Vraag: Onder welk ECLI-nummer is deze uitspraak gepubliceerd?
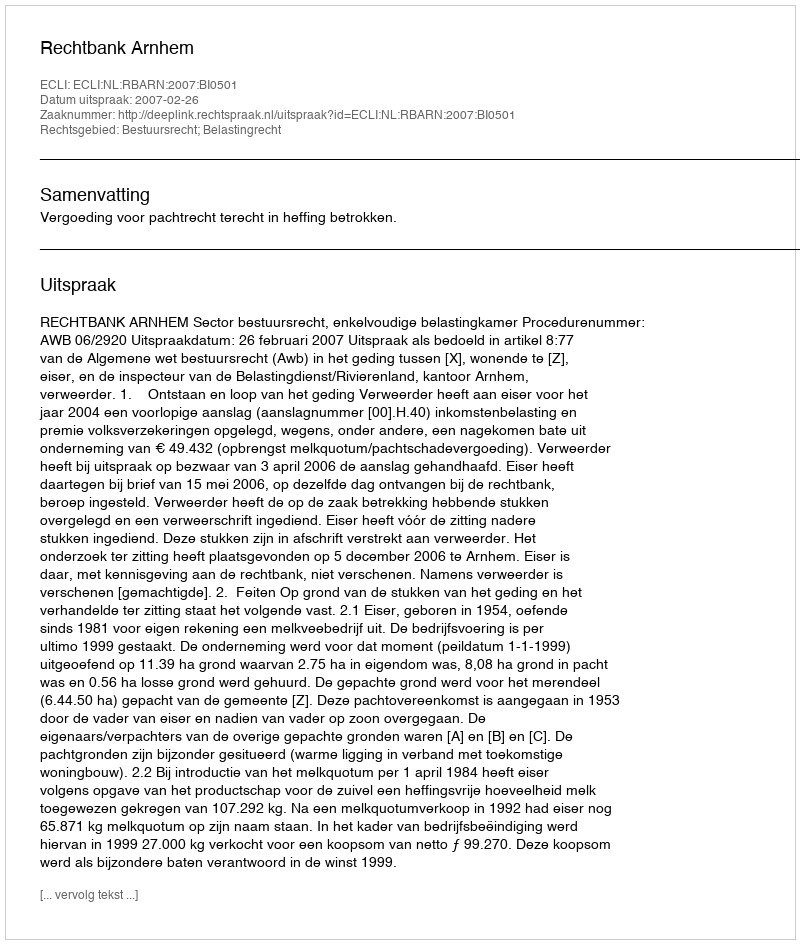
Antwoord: ECLI:NL:RBARN:2007:BI0501